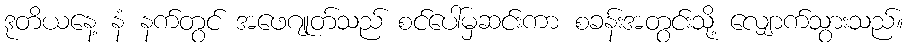
ဒုတိယနေ့ နံ နက်တွင် အဖေဂျုတ်သည် စင်ပေါ်မှဆင်းကာ စခန်းအတွင်းသို့ လျှောက်သွားသည်။